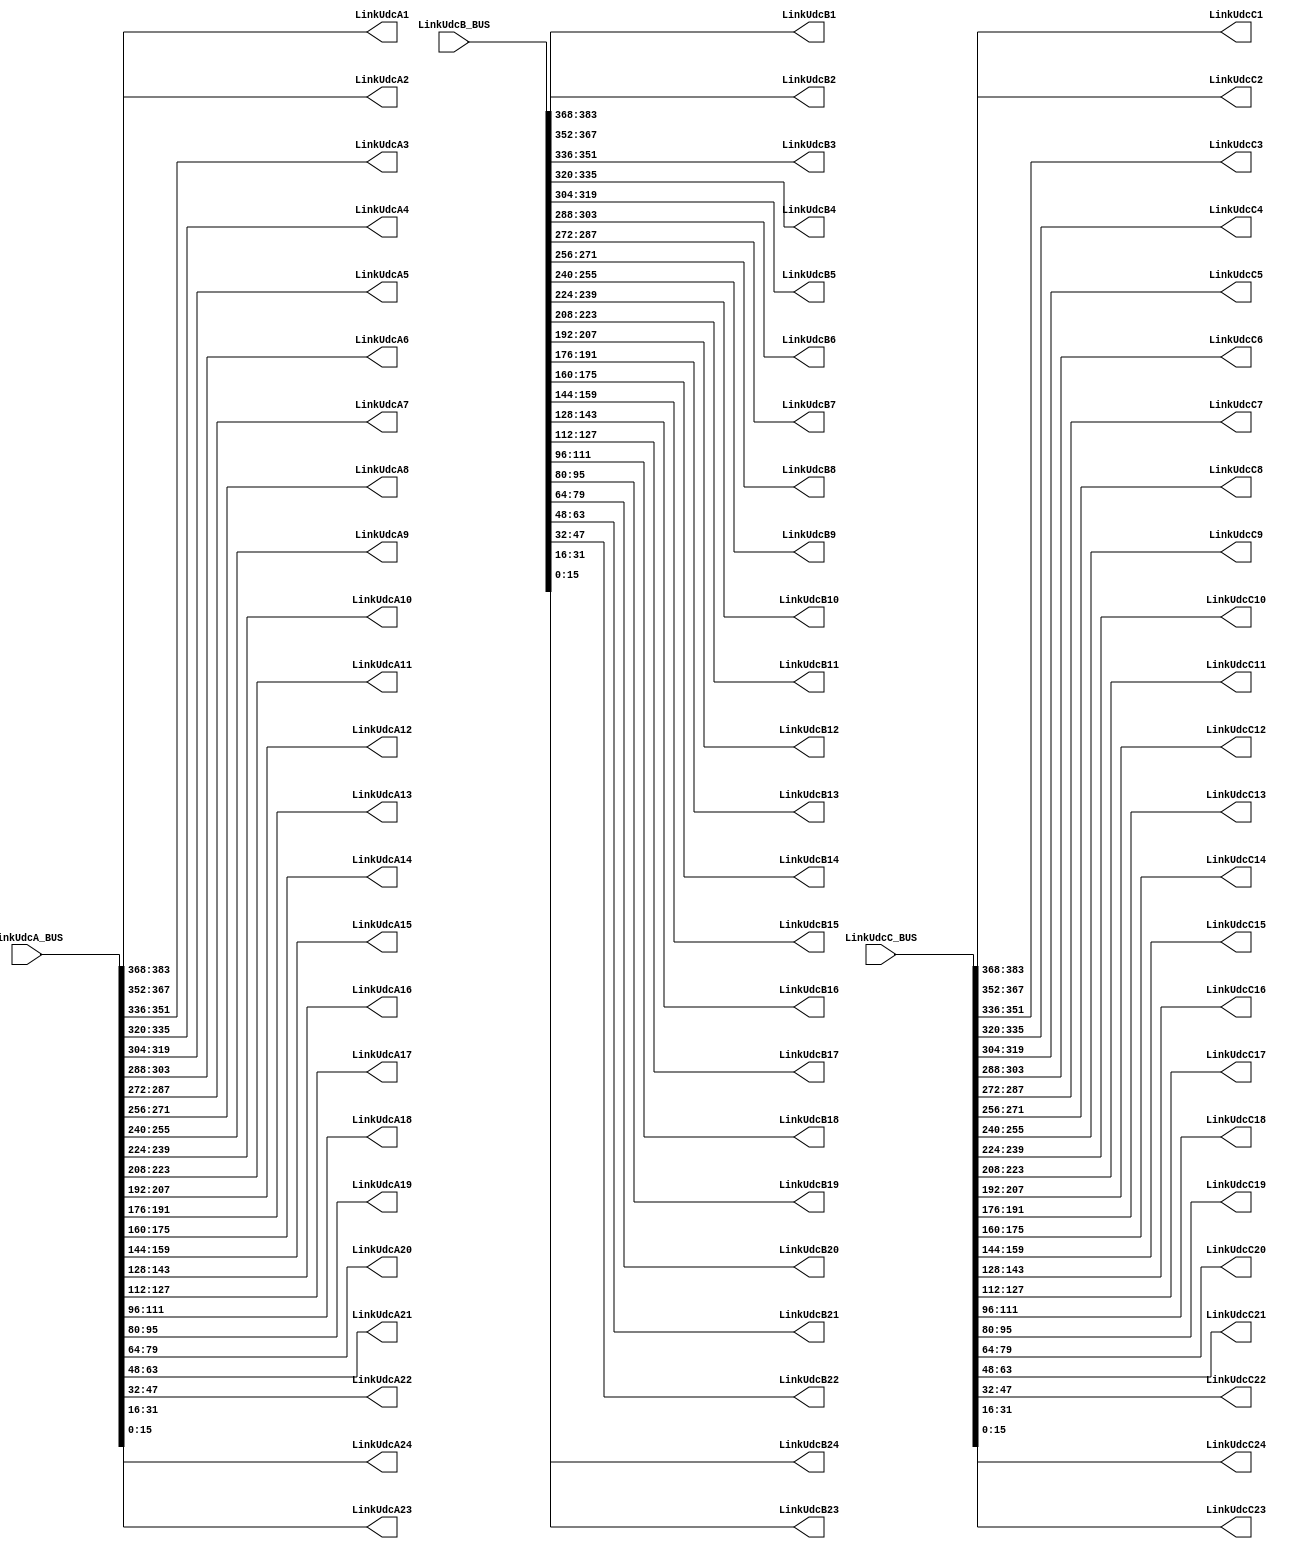
`timescale 1ns / 1ps
//////////////////////////////////////////////////////////////////////////////////
// Company: CEPRI
// 
// Design Name: 
// Module Name:    Udc_BUS_Conv 
// Project Name: 
// Target Devices: 
// Tool versions: 
// Description: 
//
// Dependencies: 
//
// Revision: 
// Revision 0.01 - File Created
// Additional Comments: 
//
//////////////////////////////////////////////////////////////////////////////////
module Udc_BUS_Conv(
                   input [383:0]LinkUdcA_BUS,LinkUdcB_BUS,LinkUdcC_BUS,
						 output [15:0]LinkUdcA1,LinkUdcA2,LinkUdcA3,LinkUdcA4,LinkUdcA5,LinkUdcA6,LinkUdcA7,LinkUdcA8,LinkUdcA9,LinkUdcA10,
									LinkUdcA11,LinkUdcA12,LinkUdcA13,LinkUdcA14,LinkUdcA15,LinkUdcA16,LinkUdcA17,LinkUdcA18,LinkUdcA19,LinkUdcA20,
									LinkUdcA21,LinkUdcA22,LinkUdcA23,LinkUdcA24,
									LinkUdcB1,LinkUdcB2,LinkUdcB3,LinkUdcB4,LinkUdcB5,LinkUdcB6,LinkUdcB7,LinkUdcB8,LinkUdcB9,LinkUdcB10,
									LinkUdcB11,LinkUdcB12,LinkUdcB13,LinkUdcB14,LinkUdcB15,LinkUdcB16,LinkUdcB17,LinkUdcB18,LinkUdcB19,LinkUdcB20,
									LinkUdcB21,LinkUdcB22,LinkUdcB23,LinkUdcB24,
									LinkUdcC1,LinkUdcC2,LinkUdcC3,LinkUdcC4,LinkUdcC5,LinkUdcC6,LinkUdcC7,LinkUdcC8,LinkUdcC9,LinkUdcC10,
									LinkUdcC11,LinkUdcC12,LinkUdcC13,LinkUdcC14,LinkUdcC15,LinkUdcC16,LinkUdcC17,LinkUdcC18,LinkUdcC19,LinkUdcC20,
									LinkUdcC21,LinkUdcC22,LinkUdcC23,LinkUdcC24);
parameter LINKNUM = 24;
parameter BUSNUM  = 383;
assign 	 LinkUdcA1 = 	LinkUdcA_BUS[16*23+15:16*23];					 
assign 	 LinkUdcA2 = 	LinkUdcA_BUS[16*22+15:16*22];
assign 	 LinkUdcA3 = 	LinkUdcA_BUS[16*21+15:16*21];
assign 	 LinkUdcA4 = 	LinkUdcA_BUS[16*20+15:16*20];
assign 	 LinkUdcA5 = 	LinkUdcA_BUS[16*19+15:16*19];
assign 	 LinkUdcA6 = 	LinkUdcA_BUS[16*18+15:16*18];
assign 	 LinkUdcA7 = 	LinkUdcA_BUS[16*17+15:16*17];
assign 	 LinkUdcA8 = 	LinkUdcA_BUS[16*16+15:16*16];
assign 	 LinkUdcA9 = 	LinkUdcA_BUS[16*15+15:16*15];
assign 	 LinkUdcA10 = 	LinkUdcA_BUS[16*14+15:16*14];
assign 	 LinkUdcA11 = 	LinkUdcA_BUS[16*13+15:16*13];
assign 	 LinkUdcA12 = 	LinkUdcA_BUS[16*12+15:16*12];
assign 	 LinkUdcA13 = 	LinkUdcA_BUS[16*11+15:16*11];
assign 	 LinkUdcA14 = 	LinkUdcA_BUS[16*10+15:16*10];
assign 	 LinkUdcA15 = 	LinkUdcA_BUS[16*9+15:16*9];
assign 	 LinkUdcA16 = 	LinkUdcA_BUS[16*8+15:16*8];
assign 	 LinkUdcA17 = 	LinkUdcA_BUS[16*7+15:16*7];
assign 	 LinkUdcA18 = 	LinkUdcA_BUS[16*6+15:16*6];
assign 	 LinkUdcA19 = 	LinkUdcA_BUS[16*5+15:16*5];
assign 	 LinkUdcA20 = 	LinkUdcA_BUS[16*4+15:16*4];
assign 	 LinkUdcA21 = 	LinkUdcA_BUS[16*3+15:16*3];
assign 	 LinkUdcA22 = 	LinkUdcA_BUS[16*2+15:16*2];
assign 	 LinkUdcA23 = 	LinkUdcA_BUS[16*1+15:16*1];
assign 	 LinkUdcA24 = 	LinkUdcA_BUS[15:0];

assign 	 LinkUdcB1 = 	LinkUdcB_BUS[16*23+15:16*23];					 
assign 	 LinkUdcB2 = 	LinkUdcB_BUS[16*22+15:16*22];
assign 	 LinkUdcB3 = 	LinkUdcB_BUS[16*21+15:16*21];
assign 	 LinkUdcB4 = 	LinkUdcB_BUS[16*20+15:16*20];
assign 	 LinkUdcB5 = 	LinkUdcB_BUS[16*19+15:16*19];
assign 	 LinkUdcB6 = 	LinkUdcB_BUS[16*18+15:16*18];
assign 	 LinkUdcB7 = 	LinkUdcB_BUS[16*17+15:16*17];
assign 	 LinkUdcB8 = 	LinkUdcB_BUS[16*16+15:16*16];
assign 	 LinkUdcB9 = 	LinkUdcB_BUS[16*15+15:16*15];
assign 	 LinkUdcB10 = 	LinkUdcB_BUS[16*14+15:16*14];
assign 	 LinkUdcB11 = 	LinkUdcB_BUS[16*13+15:16*13];
assign 	 LinkUdcB12 = 	LinkUdcB_BUS[16*12+15:16*12];
assign 	 LinkUdcB13 = 	LinkUdcB_BUS[16*11+15:16*11];
assign 	 LinkUdcB14 = 	LinkUdcB_BUS[16*10+15:16*10];
assign 	 LinkUdcB15 = 	LinkUdcB_BUS[16*9+15:16*9];
assign 	 LinkUdcB16 = 	LinkUdcB_BUS[16*8+15:16*8];
assign 	 LinkUdcB17 = 	LinkUdcB_BUS[16*7+15:16*7];
assign 	 LinkUdcB18 = 	LinkUdcB_BUS[16*6+15:16*6];
assign 	 LinkUdcB19 = 	LinkUdcB_BUS[16*5+15:16*5];
assign 	 LinkUdcB20 = 	LinkUdcB_BUS[16*4+15:16*4];
assign 	 LinkUdcB21 = 	LinkUdcB_BUS[16*3+15:16*3];
assign 	 LinkUdcB22 = 	LinkUdcB_BUS[16*2+15:16*2];
assign 	 LinkUdcB23 = 	LinkUdcB_BUS[16*1+15:16*1];
assign 	 LinkUdcB24 = 	LinkUdcB_BUS[15:0];

assign 	 LinkUdcC1 = 	LinkUdcC_BUS[16*23+15:16*23];					 
assign 	 LinkUdcC2 = 	LinkUdcC_BUS[16*22+15:16*22];
assign 	 LinkUdcC3 = 	LinkUdcC_BUS[16*21+15:16*21];
assign 	 LinkUdcC4 = 	LinkUdcC_BUS[16*20+15:16*20];
assign 	 LinkUdcC5 = 	LinkUdcC_BUS[16*19+15:16*19];
assign 	 LinkUdcC6 = 	LinkUdcC_BUS[16*18+15:16*18];
assign 	 LinkUdcC7 = 	LinkUdcC_BUS[16*17+15:16*17];
assign 	 LinkUdcC8 = 	LinkUdcC_BUS[16*16+15:16*16];
assign 	 LinkUdcC9 = 	LinkUdcC_BUS[16*15+15:16*15];
assign 	 LinkUdcC10 = 	LinkUdcC_BUS[16*14+15:16*14];
assign 	 LinkUdcC11 = 	LinkUdcC_BUS[16*13+15:16*13];
assign 	 LinkUdcC12 = 	LinkUdcC_BUS[16*12+15:16*12];
assign 	 LinkUdcC13 = 	LinkUdcC_BUS[16*11+15:16*11];
assign 	 LinkUdcC14 = 	LinkUdcC_BUS[16*10+15:16*10];
assign 	 LinkUdcC15 = 	LinkUdcC_BUS[16*9+15:16*9];
assign 	 LinkUdcC16 = 	LinkUdcC_BUS[16*8+15:16*8];
assign 	 LinkUdcC17 = 	LinkUdcC_BUS[16*7+15:16*7];
assign 	 LinkUdcC18 = 	LinkUdcC_BUS[16*6+15:16*6];
assign 	 LinkUdcC19 = 	LinkUdcC_BUS[16*5+15:16*5];
assign 	 LinkUdcC20 = 	LinkUdcC_BUS[16*4+15:16*4];
assign 	 LinkUdcC21 = 	LinkUdcC_BUS[16*3+15:16*3];
assign 	 LinkUdcC22 = 	LinkUdcC_BUS[16*2+15:16*2];
assign 	 LinkUdcC23 = 	LinkUdcC_BUS[16*1+15:16*1];
assign 	 LinkUdcC24 = 	LinkUdcC_BUS[15:0];
endmodule